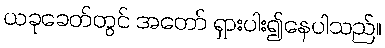
ယခုခေတ်တွင် အတော် ရှားပါး၍နေပါသည်။